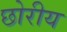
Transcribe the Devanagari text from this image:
छोरीय